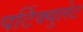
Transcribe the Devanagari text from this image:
पर्टिक्युलेट